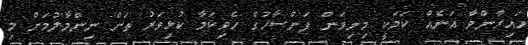
ހައިރާންވާ އަނެއް ކަމަކީ މިނިވަން ފަންސާހުގެ ހެވިކަމާ ކުޅިވަރު ތަށް ނިންމާލުމަށް މި